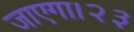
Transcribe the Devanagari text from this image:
जाएगा।२३